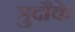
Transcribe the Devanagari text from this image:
त्रुदौके